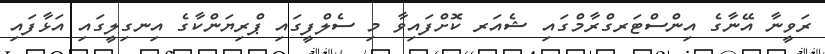
ރަވީނާ އޭނާގެ އިންސްޓަރގްރާމްގައި ޝެއަރ ކޮށްފައިވާ މި ސެލްފީގައި ޕްރިޔަންކާގެ އިނގިލީގައި އަޅާފައި